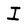
Character: I